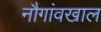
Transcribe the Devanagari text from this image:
नौगांवखाल